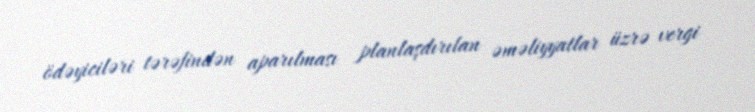
ödəyiciləri tərəfindən aparılması planlaşdırılan əməliyyatlar üzrə vergi